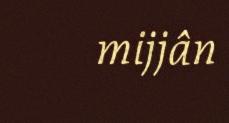
mijjân